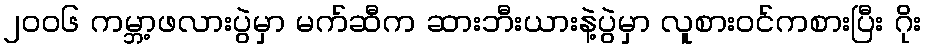
၂ဝဝ၆ ကမ္ဘာ့ဖလားပွဲမှာ မက်ဆီက ဆားဘီးယားနဲ့ပွဲမှာ လူစားဝင်ကစားပြီး ဂိုး